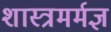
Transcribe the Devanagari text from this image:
शास्त्रमर्मज्ञ